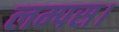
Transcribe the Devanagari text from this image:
लम्पस।